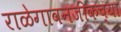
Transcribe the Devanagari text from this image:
राळेगावनजीकच्या